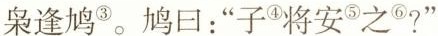
枭逢鸠^{③}。鸠回：”子^{④}将安^{⑤}之^{⑥}?”